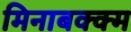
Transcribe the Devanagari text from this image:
मिनाबक्क्म